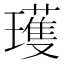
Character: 瓁